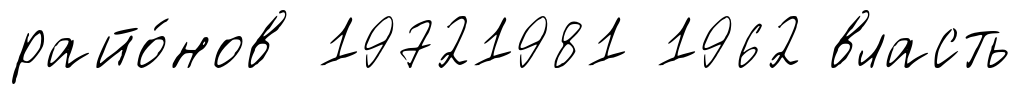
райо́нов 19721981 1962 власть